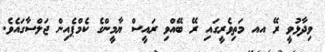
ވިދާޅުވީ ރޭ އއ މަތިވެރީގައި ރޭ ބޭއްވި ރައީސް ޔާމީންގެ ކެމްޕެއިން ޖަލްސާގައެވެ.